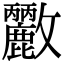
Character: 𭤓